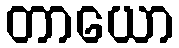
တာယော